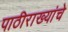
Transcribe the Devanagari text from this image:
पाठीराख्यांचे